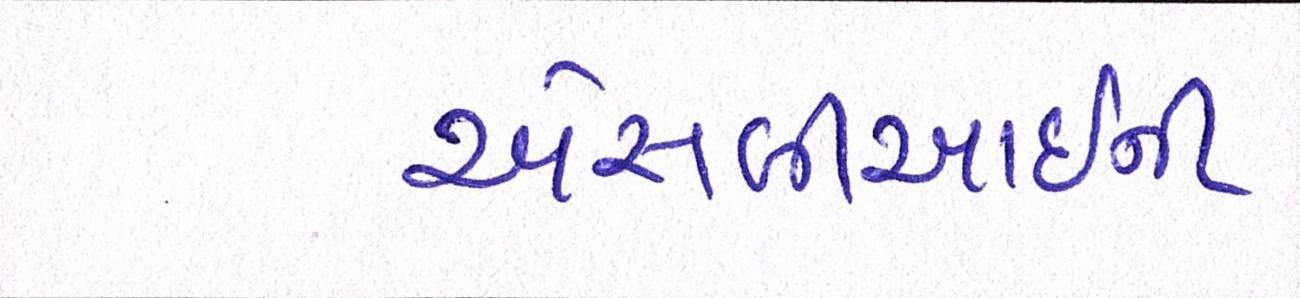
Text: એસબીઆઇની